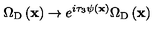
\Omega _ { \mathrm { D } } \left( { \bf x } \right) \rightarrow e ^ { i \tau _ { 3 } \psi \left( { \bf x } \right) } \Omega _ { \mathrm { D } } \left( { \bf x } \right)